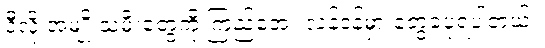
ဒီလို အမျိုးသမီးတွေကို ကြည်အေး လန်ဒန်မှာ တွေ့ခဲ့ပုံရပါတယ်။